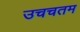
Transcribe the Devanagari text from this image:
उचचतम